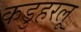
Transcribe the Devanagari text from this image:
कडुहरलू